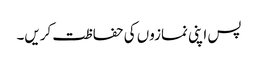
پس اپنی نمازوں کی حفاظت کریں۔